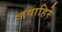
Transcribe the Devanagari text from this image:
जवाहिरे